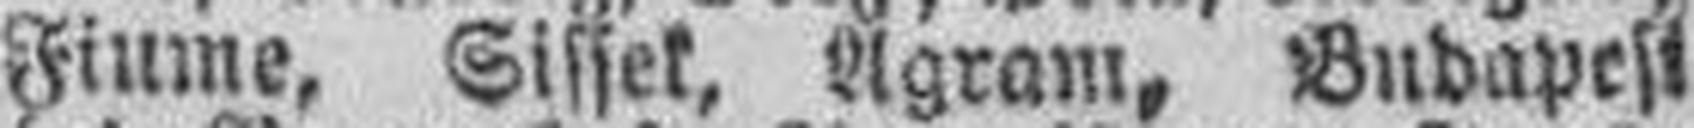
Fiume, Sissek, Agram, Budapest